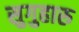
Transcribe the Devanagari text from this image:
सुगुहारु